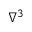
\nabla ^ { 3 }